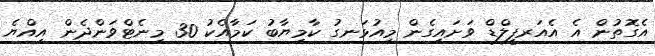
އެގޮތުން އެ އެއަރފީލްޑް ވަށައިގެން މިއުޅަނގު ކާމިޔާބު ކަމާއެކު 30 މިނެޓްވަންދެން އިއްޔެ